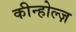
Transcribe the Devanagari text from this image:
कीन्होल्ज़